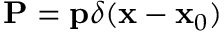
\mathbf { P } = \mathbf { p } \delta ( \mathbf { x } - \mathbf { x } _ { 0 } )